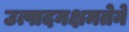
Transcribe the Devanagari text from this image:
उत्पादनक्षमतेने